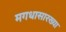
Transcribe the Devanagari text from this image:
मगधासारख्या